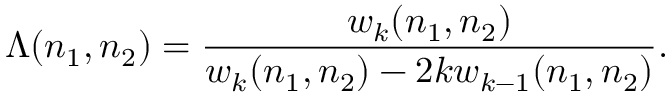
\Lambda ( n _ { 1 } , n _ { 2 } ) = \frac { w _ { k } ( n _ { 1 } , n _ { 2 } ) } { w _ { k } ( n _ { 1 } , n _ { 2 } ) - 2 k w _ { k - 1 } ( n _ { 1 } , n _ { 2 } ) } .